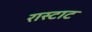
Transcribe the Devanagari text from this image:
रास्टाट